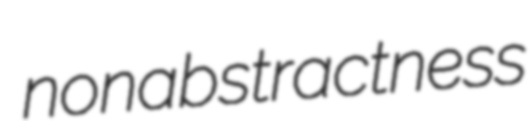
nonabstractness